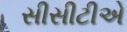
સીસીટીએ